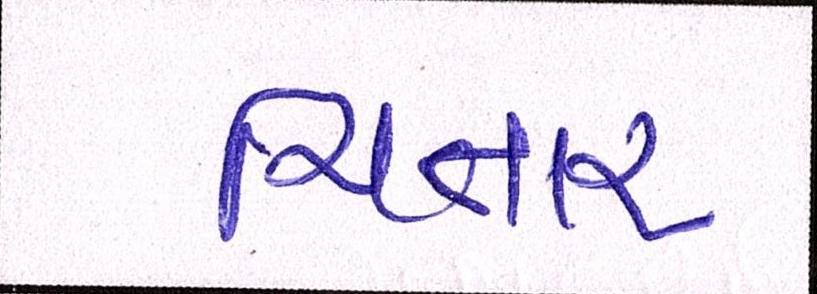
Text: ચિતાર